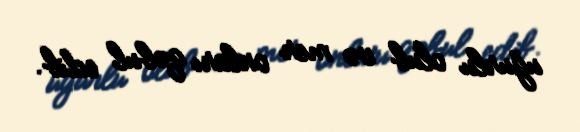
uğurlu olub və mer onları qəbul edib.